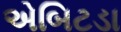
એબિટડા